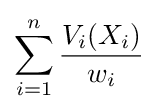
\sum _{i=1}^{n}{\frac {V_{i}(X_{i})}{w_{i}}}